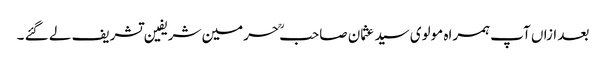
بعد ازاں آپ ہمراہ مولوی سید عثمان صاحبؒ حرمین شریفین تشریف لے گئے ۔